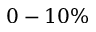
0 - 1 0 \%